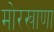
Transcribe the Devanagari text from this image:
मोरखाणा